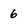
Character: 6